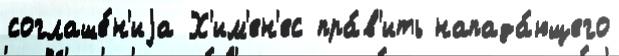
соглаше́н'иjа Х'им'ен'ес пра́в'ить напада́ющего